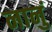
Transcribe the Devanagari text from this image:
नानुं